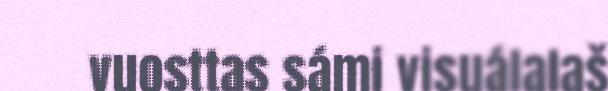
vuosttas sámi visuálalaš